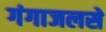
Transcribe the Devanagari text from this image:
गंगाजलसे